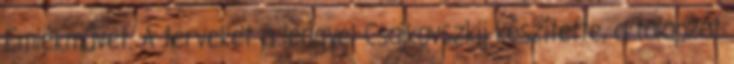
Emlékművet. A terveket a lengyel Csajkovszkij készítette, a talapzat